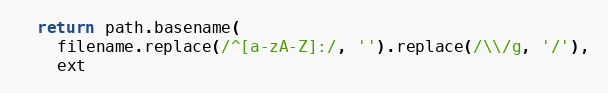
Language: JavaScript
  return path.basename(
    filename.replace(/^[a-zA-Z]:/, '').replace(/\\/g, '/'),
    ext